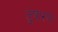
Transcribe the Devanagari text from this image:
तुषारण